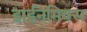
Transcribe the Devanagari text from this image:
डाईनेमिक्स